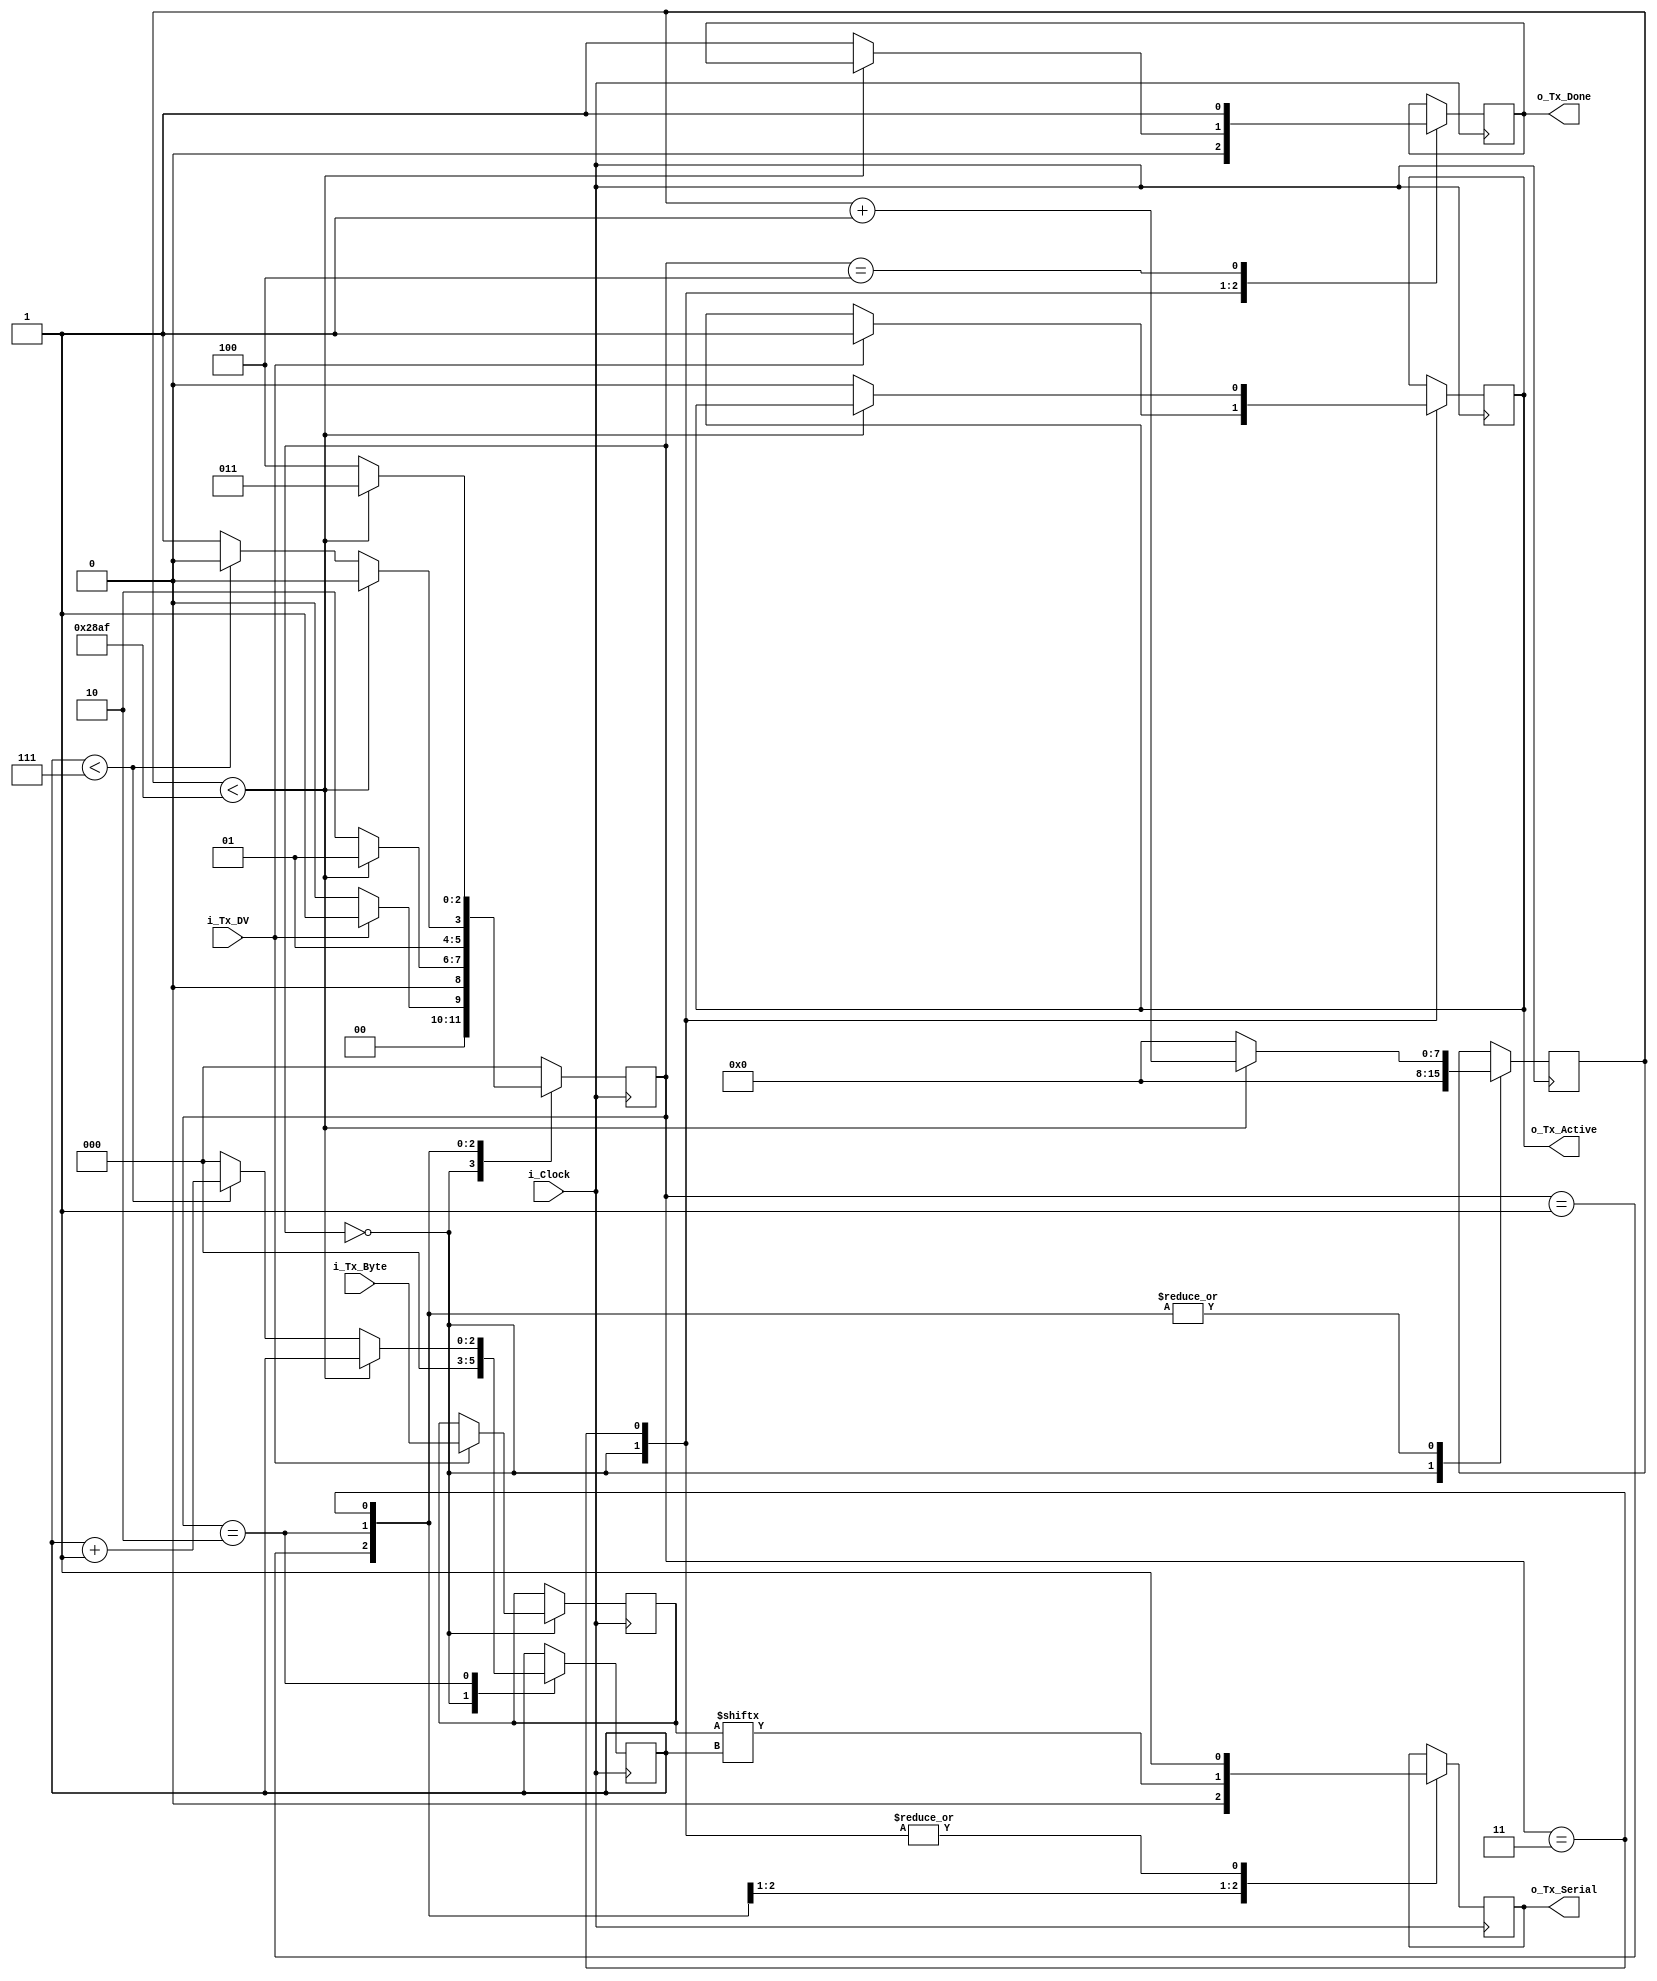
//------------uart tx---------
`timescale 1ns / 1ps

module uart_tx 
  #(parameter CLKS_PER_BIT = 10416)
  (
   input       i_Clock,
   input       i_Tx_DV,
   input [7:0] i_Tx_Byte, 
   output      o_Tx_Active,
   output reg  o_Tx_Serial,
   output      o_Tx_Done
   );
  
  parameter s_IDLE         = 3'b000;
  parameter s_TX_START_BIT = 3'b001;
  parameter s_TX_DATA_BITS = 3'b010;
  parameter s_TX_STOP_BIT  = 3'b011;
  parameter s_CLEANUP      = 3'b100;
   
  reg [2:0]    r_SM_Main     = 0;
  reg [7:0]    r_Clock_Count = 0;
  reg [2:0]    r_Bit_Index   = 0;
  reg [7:0]    r_Tx_Data     = 0;
  reg          r_Tx_Done     = 0;
  reg          r_Tx_Active   = 0;
     
  always @(posedge i_Clock)
    begin
       
      case (r_SM_Main)
        s_IDLE :
          begin
            o_Tx_Serial   <= 1'b1;         // Drive Line High for Idle
            r_Tx_Done     <= 1'b0;
            r_Clock_Count <= 0;
            r_Bit_Index   <= 0;
             
            if (i_Tx_DV == 1'b1)
              begin
                r_Tx_Active <= 1'b1;
                r_Tx_Data   <= i_Tx_Byte;
                r_SM_Main   <= s_TX_START_BIT;
              end
            else
              r_SM_Main <= s_IDLE;
          end // case: s_IDLE
         
         
        // Send out Start Bit. Start bit = 0
        s_TX_START_BIT :
          begin
            o_Tx_Serial <= 1'b0;
             
            // Wait CLKS_PER_BIT-1 clock cycles for start bit to finish
            if (r_Clock_Count < CLKS_PER_BIT-1)
              begin
                r_Clock_Count <= r_Clock_Count + 1;
                r_SM_Main     <= s_TX_START_BIT;
              end
            else
              begin
                r_Clock_Count <= 0;
                r_SM_Main     <= s_TX_DATA_BITS;
              end
          end // case: s_TX_START_BIT
         
         
        // Wait CLKS_PER_BIT-1 clock cycles for data bits to finish         
        s_TX_DATA_BITS :
          begin
            o_Tx_Serial <= r_Tx_Data[r_Bit_Index];
             
            if (r_Clock_Count < CLKS_PER_BIT-1)
              begin
                r_Clock_Count <= r_Clock_Count + 1;
                r_SM_Main     <= s_TX_DATA_BITS;
              end
            else
              begin
                r_Clock_Count <= 0;
                 
                // Check if we have sent out all bits
                if (r_Bit_Index < 7)
                  begin
                    r_Bit_Index <= r_Bit_Index + 1;
                    r_SM_Main   <= s_TX_DATA_BITS;
                  end
                else
                  begin
                    r_Bit_Index <= 0;
                    r_SM_Main   <= s_TX_STOP_BIT;
                  end
              end
          end // case: s_TX_DATA_BITS
         
         
        // Send out Stop bit.  Stop bit = 1
        s_TX_STOP_BIT :
          begin
            o_Tx_Serial <= 1'b1;
             
            // Wait CLKS_PER_BIT-1 clock cycles for Stop bit to finish
            if (r_Clock_Count < CLKS_PER_BIT-1)
              begin
                r_Clock_Count <= r_Clock_Count + 1;
                r_SM_Main     <= s_TX_STOP_BIT;
              end
            else
              begin
                r_Tx_Done     <= 1'b1;
                r_Clock_Count <= 0;
                r_SM_Main     <= s_CLEANUP;
                r_Tx_Active   <= 1'b0;
              end
          end // case: s_Tx_STOP_BIT
         
         
        // Stay here 1 clock
        s_CLEANUP :
          begin
            r_Tx_Done <= 1'b1;
            r_SM_Main <= s_IDLE;
          end
         
         
        default :
          r_SM_Main <= s_IDLE;
         
      endcase
    end
 
  assign o_Tx_Active = r_Tx_Active;
  assign o_Tx_Done   = r_Tx_Done;
   
endmodule